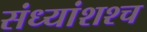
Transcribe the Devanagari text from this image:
संध्यांशश्च